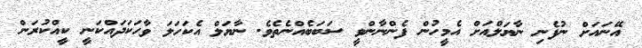
އޭނައަށް ނުފެނި ނާޔަލްއަށް އެމީހުން ފެންނާންވީ ސަބަބެއްނެތެވެ. ނާޔަލް އެކަހަލަ ވާހަކަދައްކަނީ ކީއްކުރަން